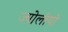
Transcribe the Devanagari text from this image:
ज्योलीयो